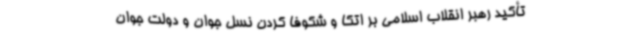
تأکید رهبر انقلاب اسلامی بر اتکا و شکوفا کردن نسل جوان و دولت جوان